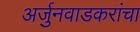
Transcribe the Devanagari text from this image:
अर्जुनवाडकरांचा